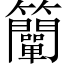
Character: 𥸍